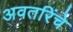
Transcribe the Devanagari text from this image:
अवतरिंचे